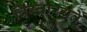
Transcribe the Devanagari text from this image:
विस्तारयते